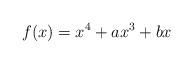
LaTeX: \begin{align*}f(x) = x^4 +ax^3 + bx \end{align*}